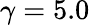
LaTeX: \gamma=5.0